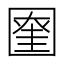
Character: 𡈞